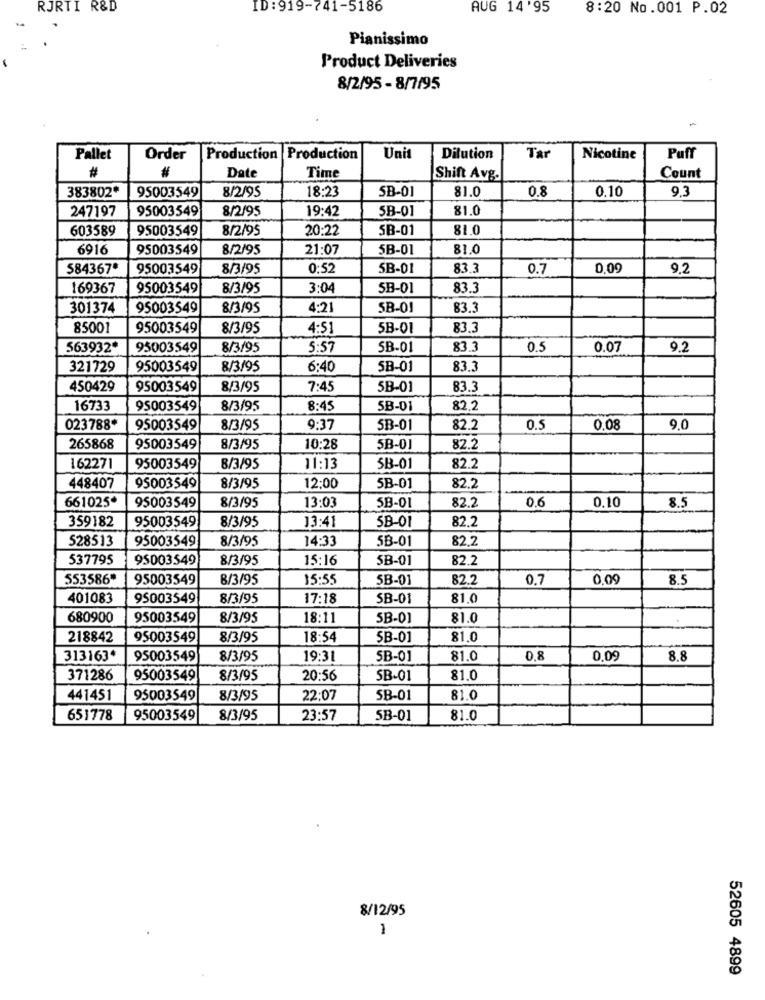
RJRTI R&D
ID : 919-741-5186
AUG 14'95
8:20 No.001 P.02
Pianissimo
Product Deliveries
8/2/95 - 8/7/95
Pallet
Order
Production Production
Unit
Dilution
Tar
Nicotine
Puff
#
Date
Time
Shift Avg.
Count
383802*
18:23
SB-01
81.0
0.8
0.10
9,3
95003549
8/2/95
247197
95003549
8/2/95
19:42
5B-01
81.0
603589
95003549
8/2/95
20:22
5B-01
81.0
6916
95003549
8/2/95
21:07
5B-01
81.0
584367*
95003549
8/3/95
0:52
5B-01
83.3
0.7
0,09
9.2
169367
95003549
8/3/95
3:04
5B-01
83.3
301374
95003549
8/3/95
4:21
SB-01
83.3
85001
95003549
8/3/95
4:51
5B-01
83.3
563932*
95003549
8/3/95
5:57
SB-01
83.3
0.5
0.07
9.2
321729
95003549
8/3/95
6:40
5B-01
83.3
450429
95003549
8/3/95
7:45
5B-01
83.3
16733
95003549
8/3/95
8:45
SB-01
82.2
023788*
95003549
8/3/95
9:37
5B-01
82.2
0.5
0,08
9.0
265868
95003549
8/3/95
10:28
5B-01
82.2
162271
95003549
8/3/95
11:13
SB-01
82.2
448407
95003549
8/3/95
12:00
5B-01
82.2
661025*
13:03
82.2
0,6
0.10
8.5
95003549
8/3/95
5B-01
359182
8/3/95
13:41
58-01
82.2
95003549
528513
95003549
8/3/95
14:33
5B-01
82.2
537795
95003549
8/3/95
15:16
5B-01
82.2
553586"
95003549
B/3/95
15:55
5B-01
82.2
0.7
0,09
8.5
401083
95003549
8/3/95
17:18
SB-01
81,0
680900
95003549
8/3/95
18:11
5B-01
81.0
218842
95003549
8/3/95
18:54
SB-01
81,0
313163*
95003549
8/3/95
19:31
SB-01
81.0
0.8
0,09
8.8
371286
95003549
8/3/95
20:56
SB-01
81.0
441451
95003549
8/3/95
22:07
SB-01
81.0
651778
95003549
8/3/95
23:57
5B-01
81.0
8/12/95
1
52605 4899